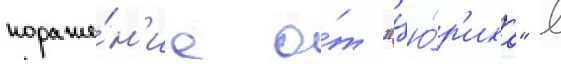
пораже́н'ие о́т "цю́р'иха" в